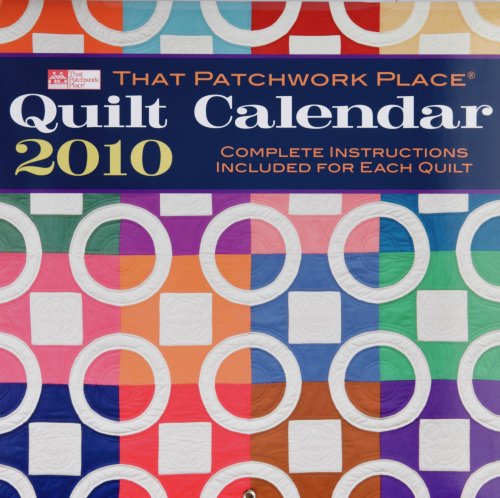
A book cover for That Patchwork Place Quilt Calendar; Calendars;